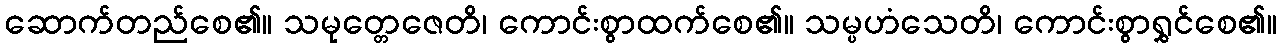
ဆောက်တည်စေ၏။ သမုတ္တေဇေတိ၊ ကောင်းစွာထက်စေ၏။ သမ္ပဟံသေတိ၊ ကောင်းစွာရွှင်စေ၏။